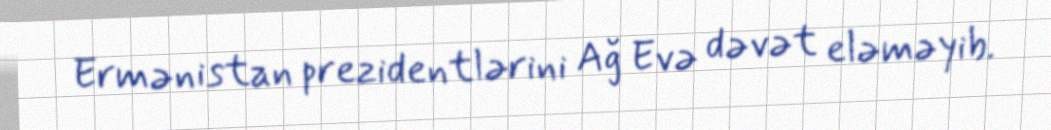
Ermənistan prezidentlərini Ağ Evə dəvət eləməyib.